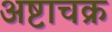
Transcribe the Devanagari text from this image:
अष्टाचक्र